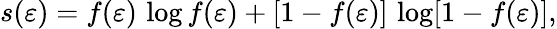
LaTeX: s(\varepsilon)=f(\varepsilon)\, \log f(\varepsilon)+[1-f(\varepsilon)]\, \log[1-f(\varepsilon)],